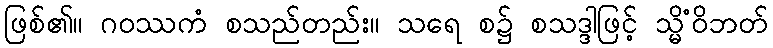
ဖြစ်၏။ ဂဝဿကံ စသည်တည်း။ သရေ စ၌ စသဒ္ဒါဖြင့် သ္မိံဝိဘတ်